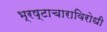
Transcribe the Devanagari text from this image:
भ्रष्टाचाराविरोधी